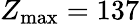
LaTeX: Z_{\operatorname*{max}}=137